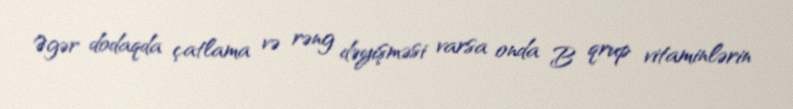
Əgər dodaqda çatlama və rəng dəyişməsi varsa onda B qrup vitaminlərin